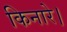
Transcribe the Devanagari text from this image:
किनारे।